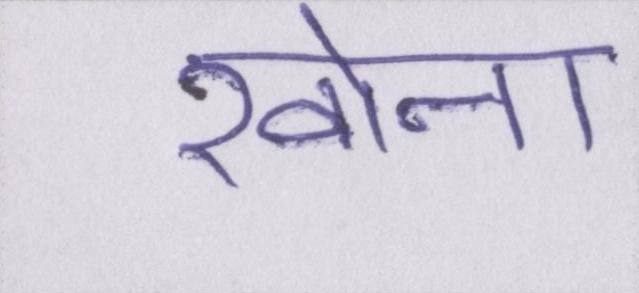
खोना